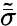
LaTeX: \tilde{\bar{\sigma}}